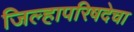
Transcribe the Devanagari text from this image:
जिल्हापरिषदेचा